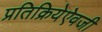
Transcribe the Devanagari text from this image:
प्रतिक्रियेऐवजी